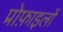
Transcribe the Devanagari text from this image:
प्रोफ़ाइलों